Indian journal of veterinary science and animal husbandry - Volumes 15-17, 1948-1951
Year: 1948
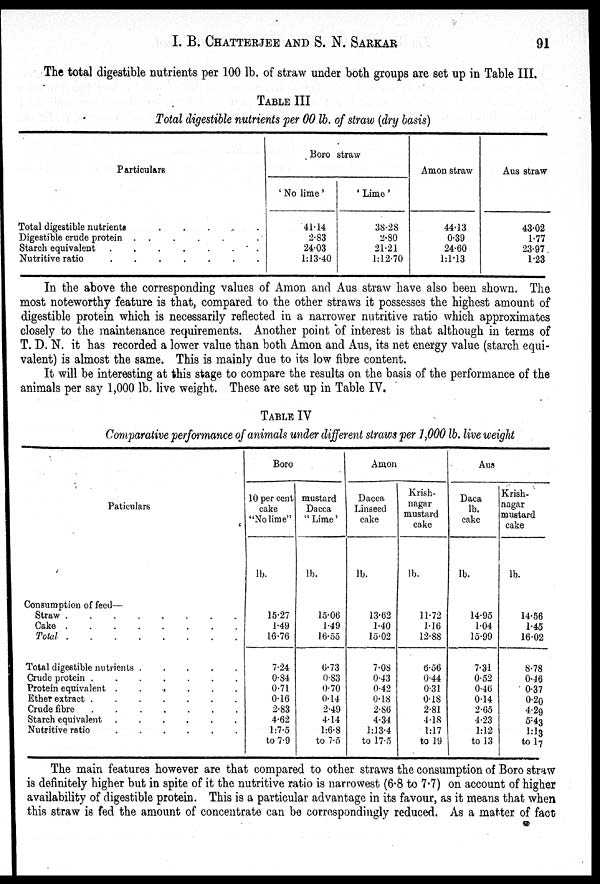
I. B. CHATTERJEE AND S. N. SARKAR 91
The total digestible nutrients per 100 lb. of straw under both groups are set up in Table III.
TABLE III
Total digestible nutrients per 00 lb. of straw (dry basis)
Particulars
Total digestible nutrients
.
.
.
.
Digestible crude protein .
Starch equivalent
Nutritive ratio
Boro straw
'No lime'
41.14
2.83
24.03
1:13.40
'Lime'
38.28
2.80
21.21
1:12.70
Amon straw
44.13
0.39
24.60
1:1.13
Aus straw
43.02
1.77
23.97
1.23
In the above the corresponding values of Amon and Aus straw have also been shown. The
most noteworthy feature is that, compared to the other straws it possesses the highest amount of
digestible protein which is necessarily reflected in a narrower nutritive ratio which approximates
closely to the maintenance requirements. Another point of interest is that although in terms of
T. D. N. it has recorded a lower value than both Amon and Aus, its net energy value (starch equi-
valent) is almost the same. This is mainly due to its low fibre content.
It will be interesting at this stage to compare the results on the basis of the performance of the
animals per say 1,000 lb. live weight. These are set up in Table IV.
TABLE IV
Comparative performance of animals under different straws per 1,000 lb. live weight
Particulars
Consumption of feed—
Straw
.
.
.
.
.
Cake
Total
Total digestible nutrients
Crude protein
.
.
.
.
.
Protein equivalent .
.
.
.
.
.
Ether extract
Crude fibre
Starch equivalent .
.
.
.
.
.
Nutritive ratio
.
.
.
.
.
.
Boro
10 per cent
cake
"No lime"
lb.
15.27
1.49
16.76
7.24
0.84
0.71
0.16
2.83
4.62
1:7.5
to 7.9
mustard
Dacca
"Lime'
lb.
15.06
1.49
16.55
6.73
0.83
0.70
0.14
2.49
4.14
1:6.8
to 7.5
Amon
Dacca
Linseed
cake
lb.
13.62
1.40
15.02
7.08
0.43
0.42
0.18
2.86
4.34
1:13.4
to 17.5
Krish-
nagar
mustard
cake
lb.
11.72
1.16
12.88
6.56
0.44
0.31
0.18
2.81
4.18
1:17
to 19
Aus
Daca
lb.
cake
lb.
14.95
1.04
15.99
7.31
0.52
0.46
0.14
2.65
4.23
1:12
to 13
Krish-
nagar
mustard
cake
lb.
14.56
1.45
16.02
8.78
0.46
0.37
0.20
4.29
5:43
1:13
to 17
The main features however are that compared to other straws the consumption of Boro straw
is definitely higher but in spite of it the nutritive ratio is narrowest (6.8 to 7.7) on account of higher
availability of digestible protein. This is a particular advantage in its favour, as it means that when
this straw is fed the amount of concentrate can be correspondingly reduced. As a matter of fact